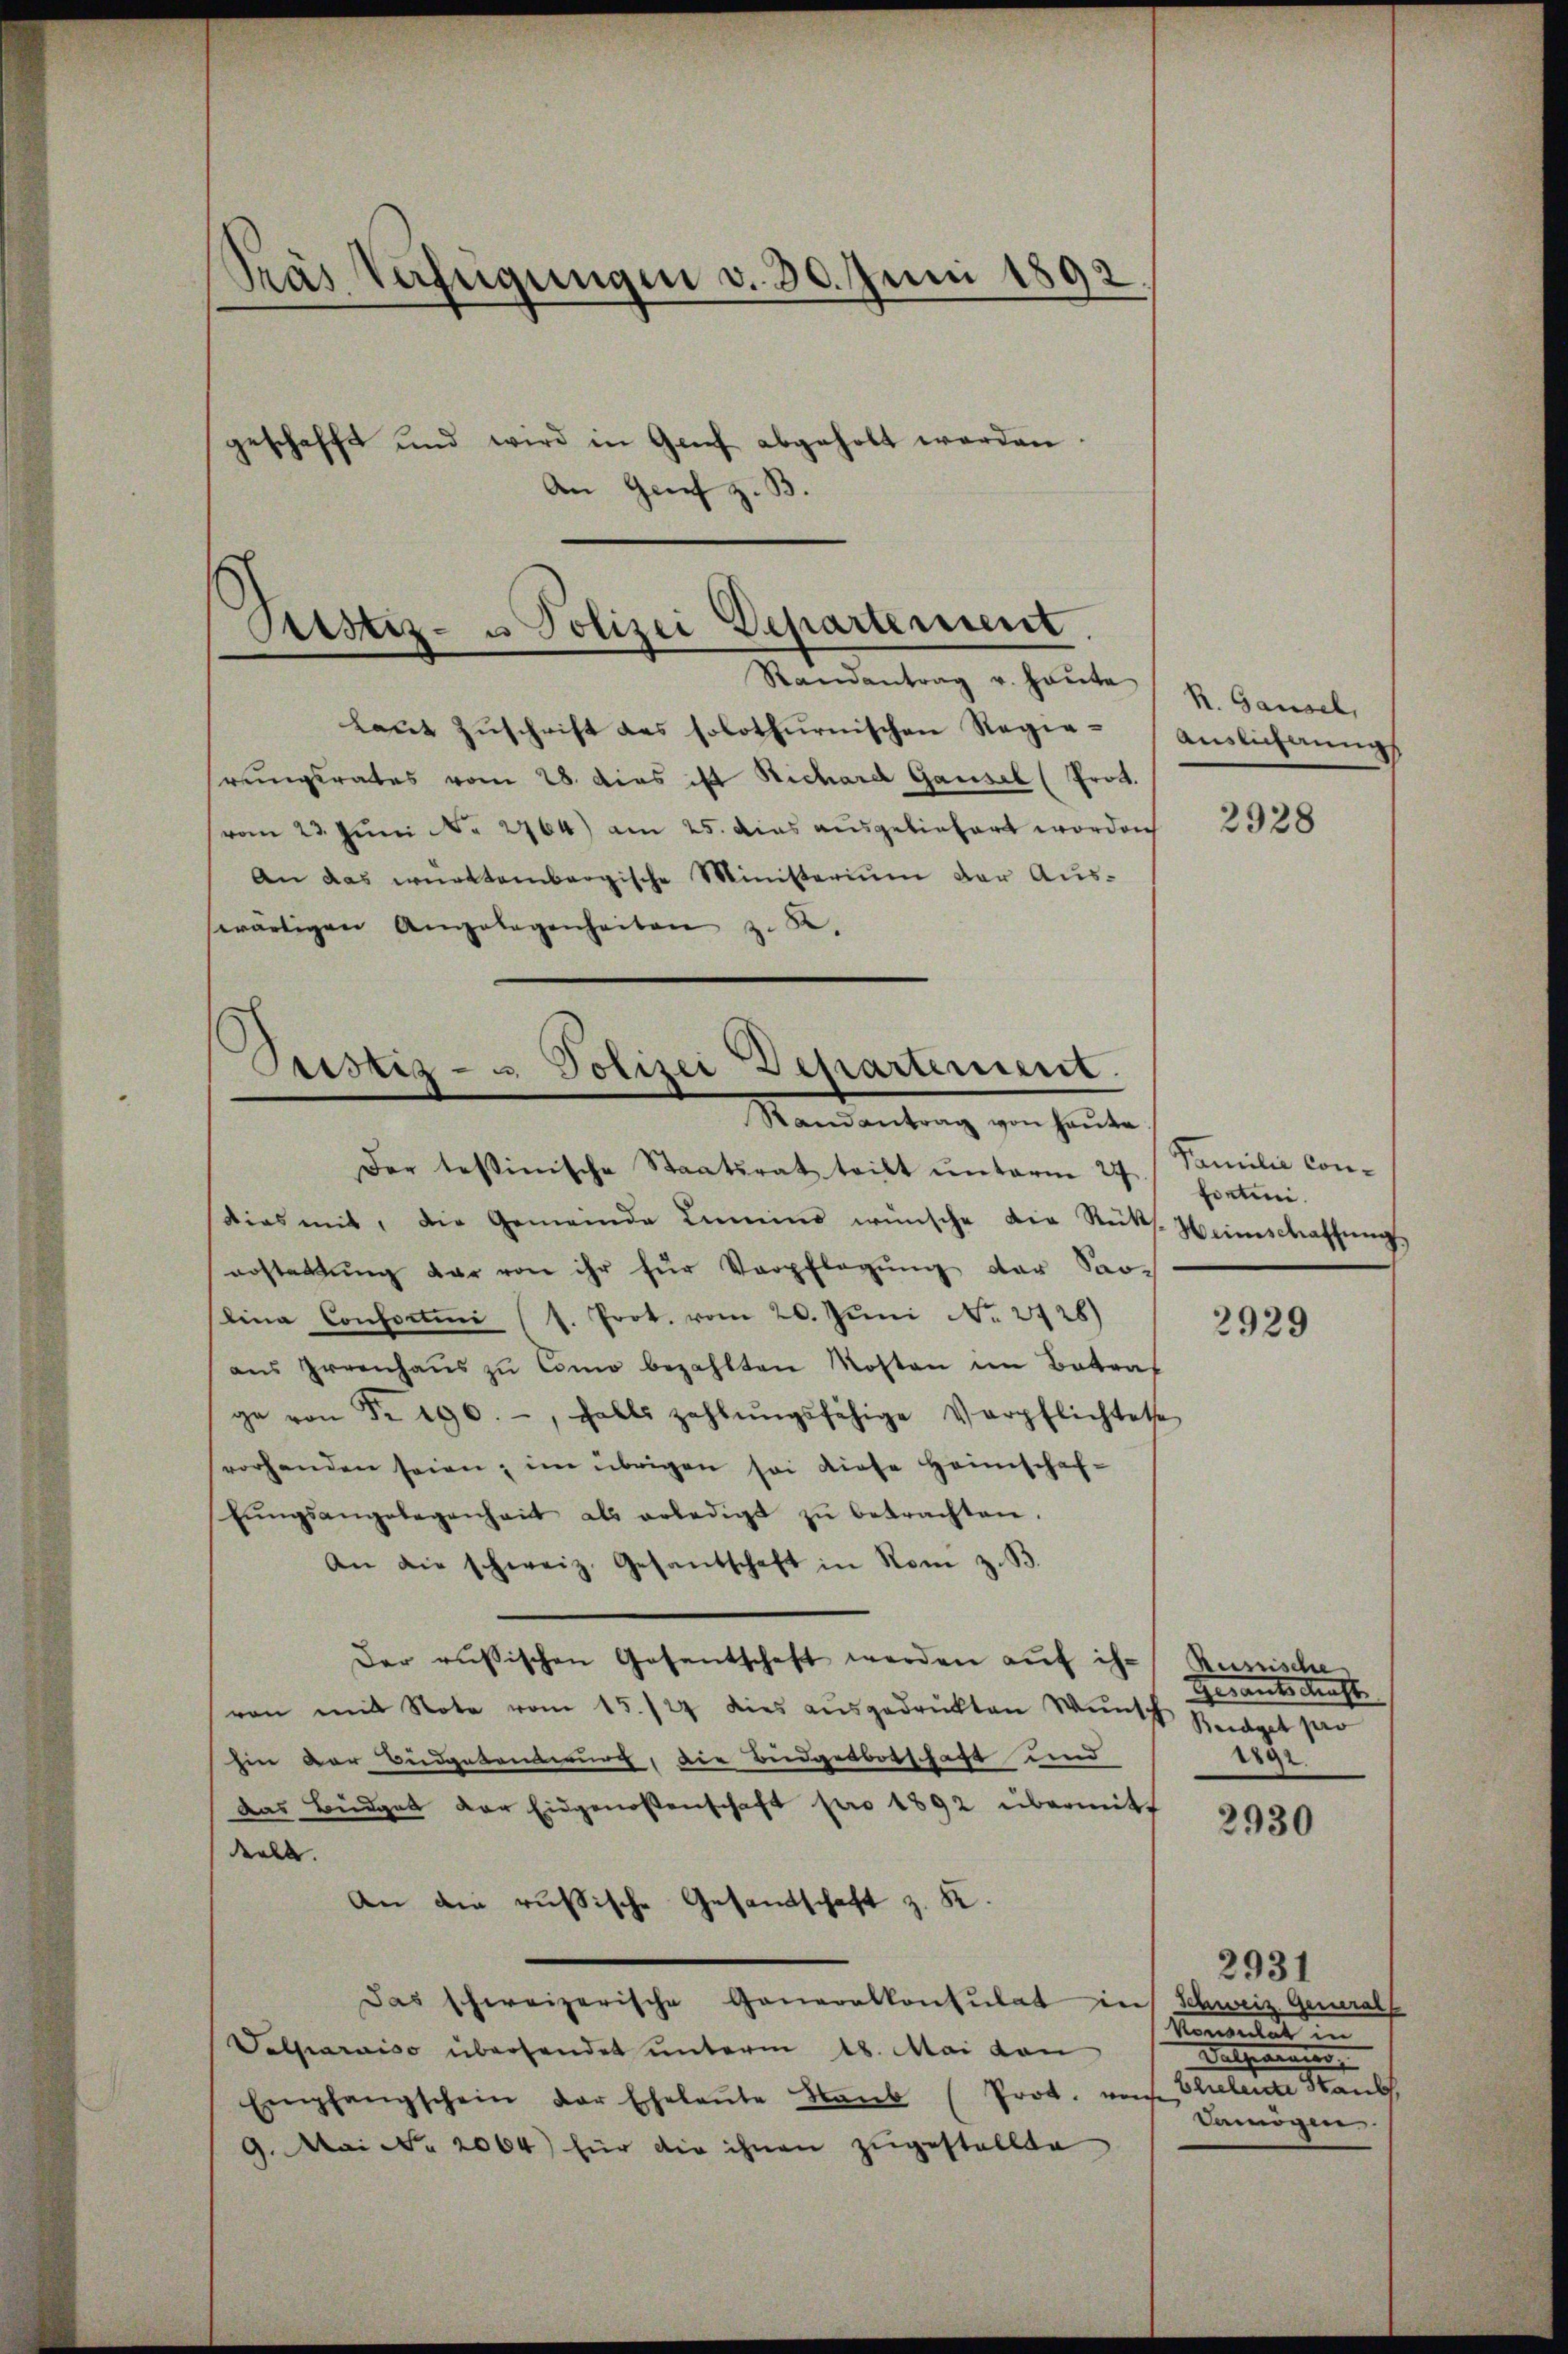
Randantrag v. Haute
Laut Zuschrift des solothurnischen Regiehrungsrates vom 28. dies ist Richard Gausel (Prot.
(vom 23. Juni No 2764) am 25. dies ausgeliefert worden
An das württembergische Ministerium der Ausswärtigen Angelegenheiten z. B.

Pras Verfügungen v. 30. Juni 1892

geschafft und wird in Genf abgeholt werden.
An Grief z. B

Sistiz- u Polizei Departement

Pristiz- u. Polizei Departement.
Randantrag von heŭte

Der testinische Staatsrat teilt ŭnterm 27.
dies mit, die Gemeinde Limino wünsche die Rüks-Heimschaffung,
erstattŭng dar von ihr für Verpflegung der Sao-
lina Consortini (s. Prot. vom 20. Juni No 2925)
aŭs Irrenhaŭs zŭ Como bezahlten Mosten im Betraf
ge von Nr 190. -, falls zahlŭngsfähige Verpflichtete
vorhanden seien, im übrigen sei diese Heimschaf-
bŭngsangelegenheit als erledigt zŭ betrachten.
An die schweiz. Gesandschaft in Rom z.B.
Der russischen Gesantschaft werden auf ihr
von mit Note vom 15./24 dies ausgedrukten Wunsch zeiget pro
hin der Budgetenterung, die Budgetbotschaft und
das Büdget der Eidgenoßenschaft pro 1892 übermitt
eele. |
An die russische Gesandtschaft z. K
Das schweizerische Generalkonsulat ins Schweiz. Generall
Valparaiso überhandet unterm 18. Mai den
Empfangschein der Eheleŭte Staŭb (Prot. von Eheleiste Staub
9. Mai No 2064) für die ihnen zugestellte

R. Gausel,
Auslicherung

2928

Familie Confontini.

2929

Rusische
Gerants Kraft
e

2930

2931
Konsulat
Rathemannis
Damögen.